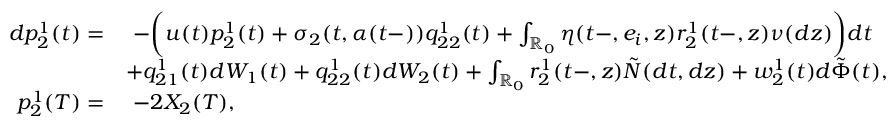
\begin{array} { r l } { d p _ { 2 } ^ { 1 } ( t ) = } & { \ - \biggl ( u ( t ) p _ { 2 } ^ { 1 } ( t ) + \sigma _ { 2 } ( t , \alpha ( t - ) ) q _ { 2 2 } ^ { 1 } ( t ) + \int _ { \mathbb { R } _ { 0 } } \eta ( t - , e _ { i } , z ) r _ { 2 } ^ { 1 } ( t - , z ) \nu ( d z ) \biggr ) d t } \\ & { + q _ { 2 1 } ^ { 1 } ( t ) d W _ { 1 } ( t ) + q _ { 2 2 } ^ { 1 } ( t ) d W _ { 2 } ( t ) + \int _ { \mathbb { R } _ { 0 } } r _ { 2 } ^ { 1 } ( t - , z ) \tilde { N } ( d t , d z ) + w _ { 2 } ^ { 1 } ( t ) d \tilde { \Phi } ( t ) , } \\ { p _ { 2 } ^ { 1 } ( T ) = } & { \ - 2 X _ { 2 } ( T ) , } \end{array}